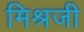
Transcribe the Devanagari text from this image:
मिश्रजी